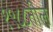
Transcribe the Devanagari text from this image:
१९८८तील